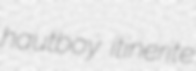
hautboy itinerite